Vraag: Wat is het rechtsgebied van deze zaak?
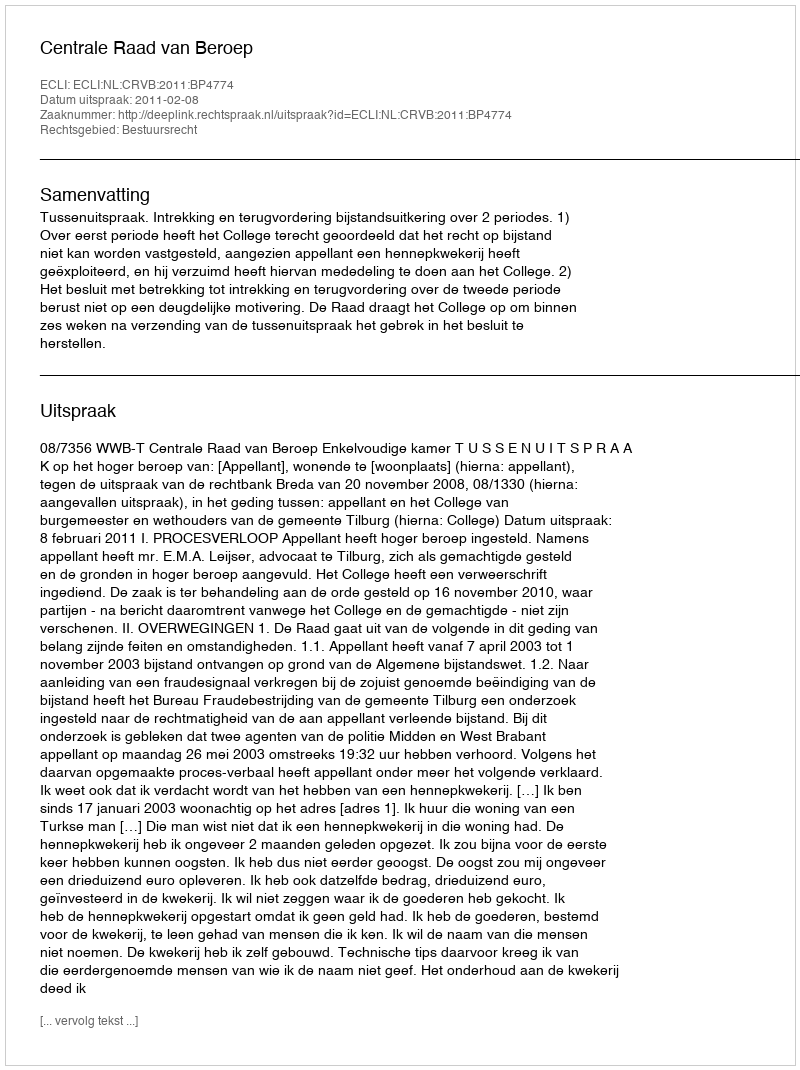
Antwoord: Bestuursrecht